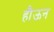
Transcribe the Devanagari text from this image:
हौऊन